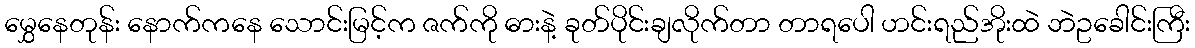
မွှေနေတုန်း နောက်ကနေ သောင်းမြင့်က ဇက်ကို ဓားနဲ့ ခုတ်ပိုင်းချလိုက်တာ တာရပေါ ဟင်းရည်အိုးထဲ ဘဲဥခေါင်းကြီး